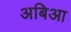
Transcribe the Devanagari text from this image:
अबिआ